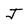
Character: J